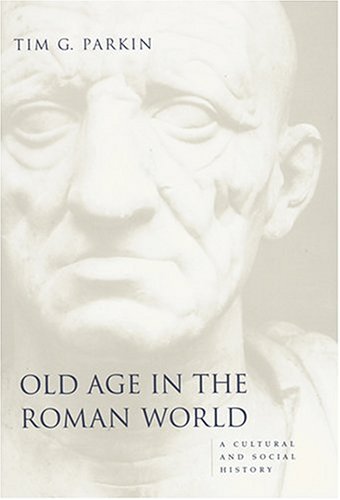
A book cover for Old Age in the Roman World: A Cultural and Social History (Ancient Society and History); Tim G. Parkin; Politics & Social Sciences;